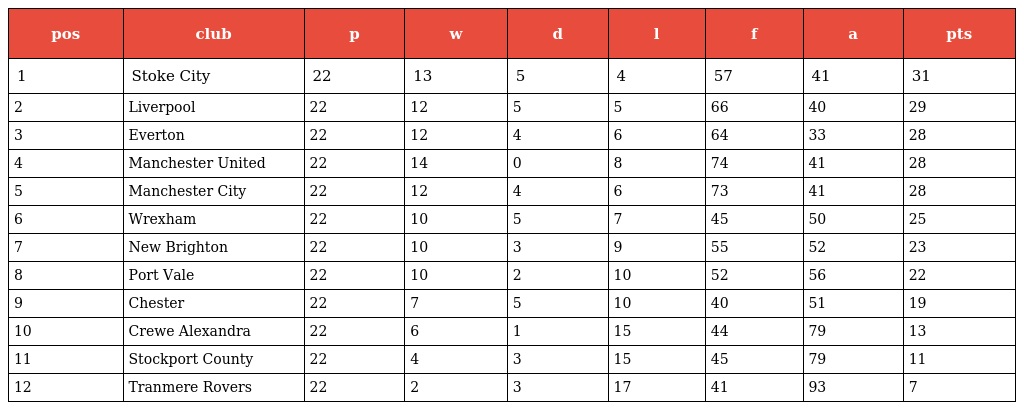
| pos | club | p | w | d | l | f | a | pts |
 | --- | --- | --- | --- | --- | --- | --- | --- | --- |
 | 1 | Stoke City | 22 | 13 | 5 | 4 | 57 | 41 | 31 |
 | 2 | Liverpool | 22 | 12 | 5 | 5 | 66 | 40 | 29 |
 | 3 | Everton | 22 | 12 | 4 | 6 | 64 | 33 | 28 |
 | 4 | Manchester United | 22 | 14 | 0 | 8 | 74 | 41 | 28 |
 | 5 | Manchester City | 22 | 12 | 4 | 6 | 73 | 41 | 28 |
 | 6 | Wrexham | 22 | 10 | 5 | 7 | 45 | 50 | 25 |
 | 7 | New Brighton | 22 | 10 | 3 | 9 | 55 | 52 | 23 |
 | 8 | Port Vale | 22 | 10 | 2 | 10 | 52 | 56 | 22 |
 | 9 | Chester | 22 | 7 | 5 | 10 | 40 | 51 | 19 |
 | 10 | Crewe Alexandra | 22 | 6 | 1 | 15 | 44 | 79 | 13 |
 | 11 | Stockport County | 22 | 4 | 3 | 15 | 45 | 79 | 11 |
 | 12 | Tranmere Rovers | 22 | 2 | 3 | 17 | 41 | 93 | 7 |